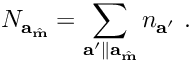
N _ { \mathbf { a } _ { \hat { \mathbf { m } } } } = \sum _ { \mathbf { a } ^ { \prime } \parallel \mathbf { a } _ { \hat { \mathbf { m } } } } n _ { \mathbf { a } ^ { \prime } } ~ .